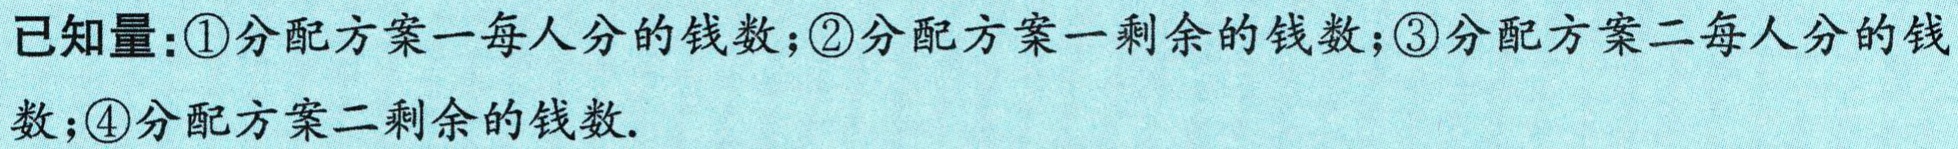
已知量：\textcircled{1}分配方案一每人分的钱数；\textcircled{2}分配方案一剩余的钱数；\textcircled{3}分配方案二每人分的钱数；\textcircled{4}分配方案二剩余的钱数.